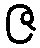
ဇ